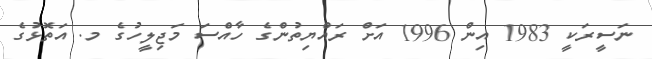
ނަސީރަކީ 1983 އިން 1996 އަށް ރައްޔިތުންގެ ހާއްސަ މަޖިލީހުގެ މ. އަތޮޅުގެ